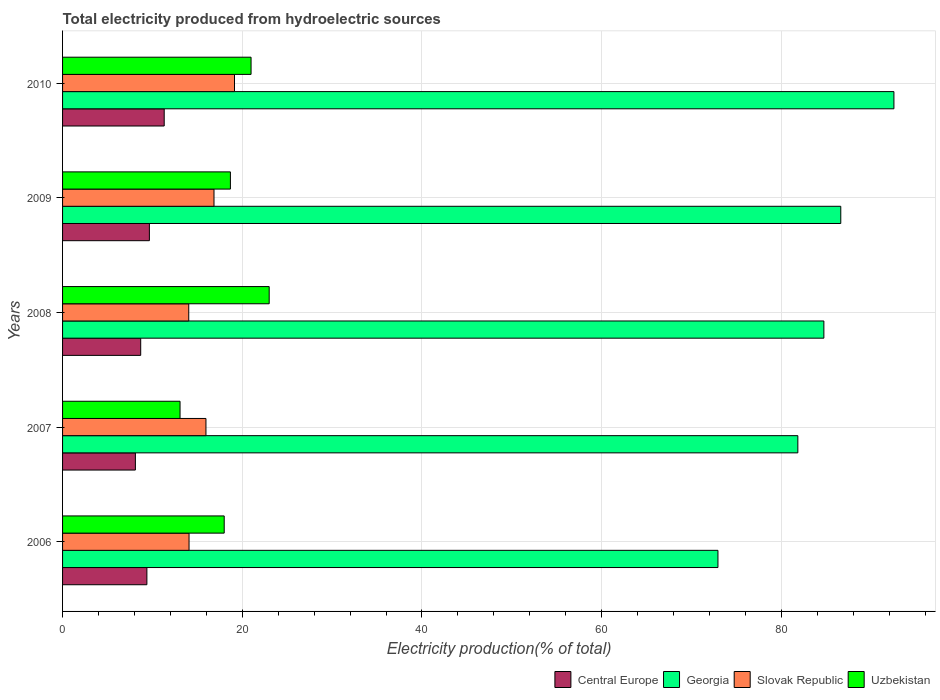
| Years | Central Europe | Georgia | Slovak Republic | Uzbekistan |
 | --- | --- | --- | --- | --- |
 | 2006 | 9.39 | 72.9 | 14.1 | 18 |
 | 2007 | 8.1 | 81.8 | 16 | 13.1 |
 | 2008 | 8.7 | 84.7 | 14 | 23 |
 | 2009 | 9.66 | 86.6 | 16.9 | 18.7 |
 | 2010 | 11.3 | 92.5 | 19.1 | 21 |